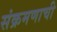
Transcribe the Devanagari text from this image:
संक्रमणाची